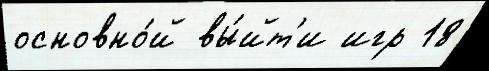
основно́й вы́йт'и игр 18